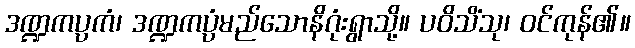
ဒဏ္ဍကပ္ပကံ၊ ဒဏ္ဍကပ္ပံမည်သောနိဂုံးရွာသို့။ ပဝိသိံသု၊ ဝင်ကုန်၏။